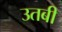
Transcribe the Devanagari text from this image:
उतबी